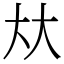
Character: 夶